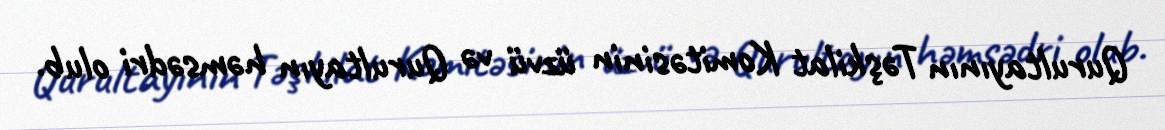
Qurultayının Təşkilat Komitəsinin üzvü və Qurultayın həmsədri olub.